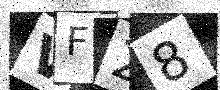
Text: VF28